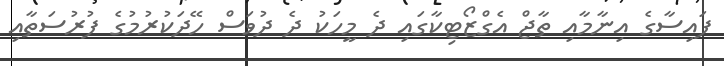
ފައިސާގެ އިނާމާއި ތާޖް އެގްޒޯޓިކާގައި ދެ މީހަކު ދެ ދުވަސް ހޭދަކުރުމުގެ ފުރުސަތާއި